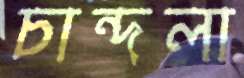
চান্দলা